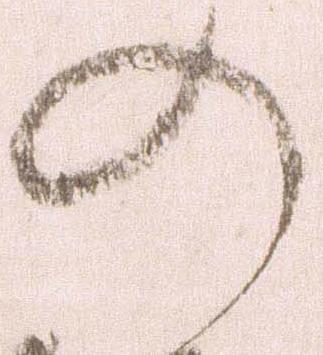
の